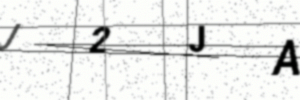
Text: J2JA